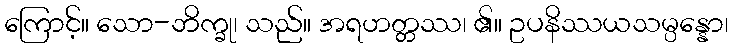
ကြောင့်။ သော-ဘိက္ခု၊ သည်။ အရဟတ္တဿ၊ ၏။ ဥပနိဿယသမ္ပန္နော၊